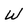
Character: W